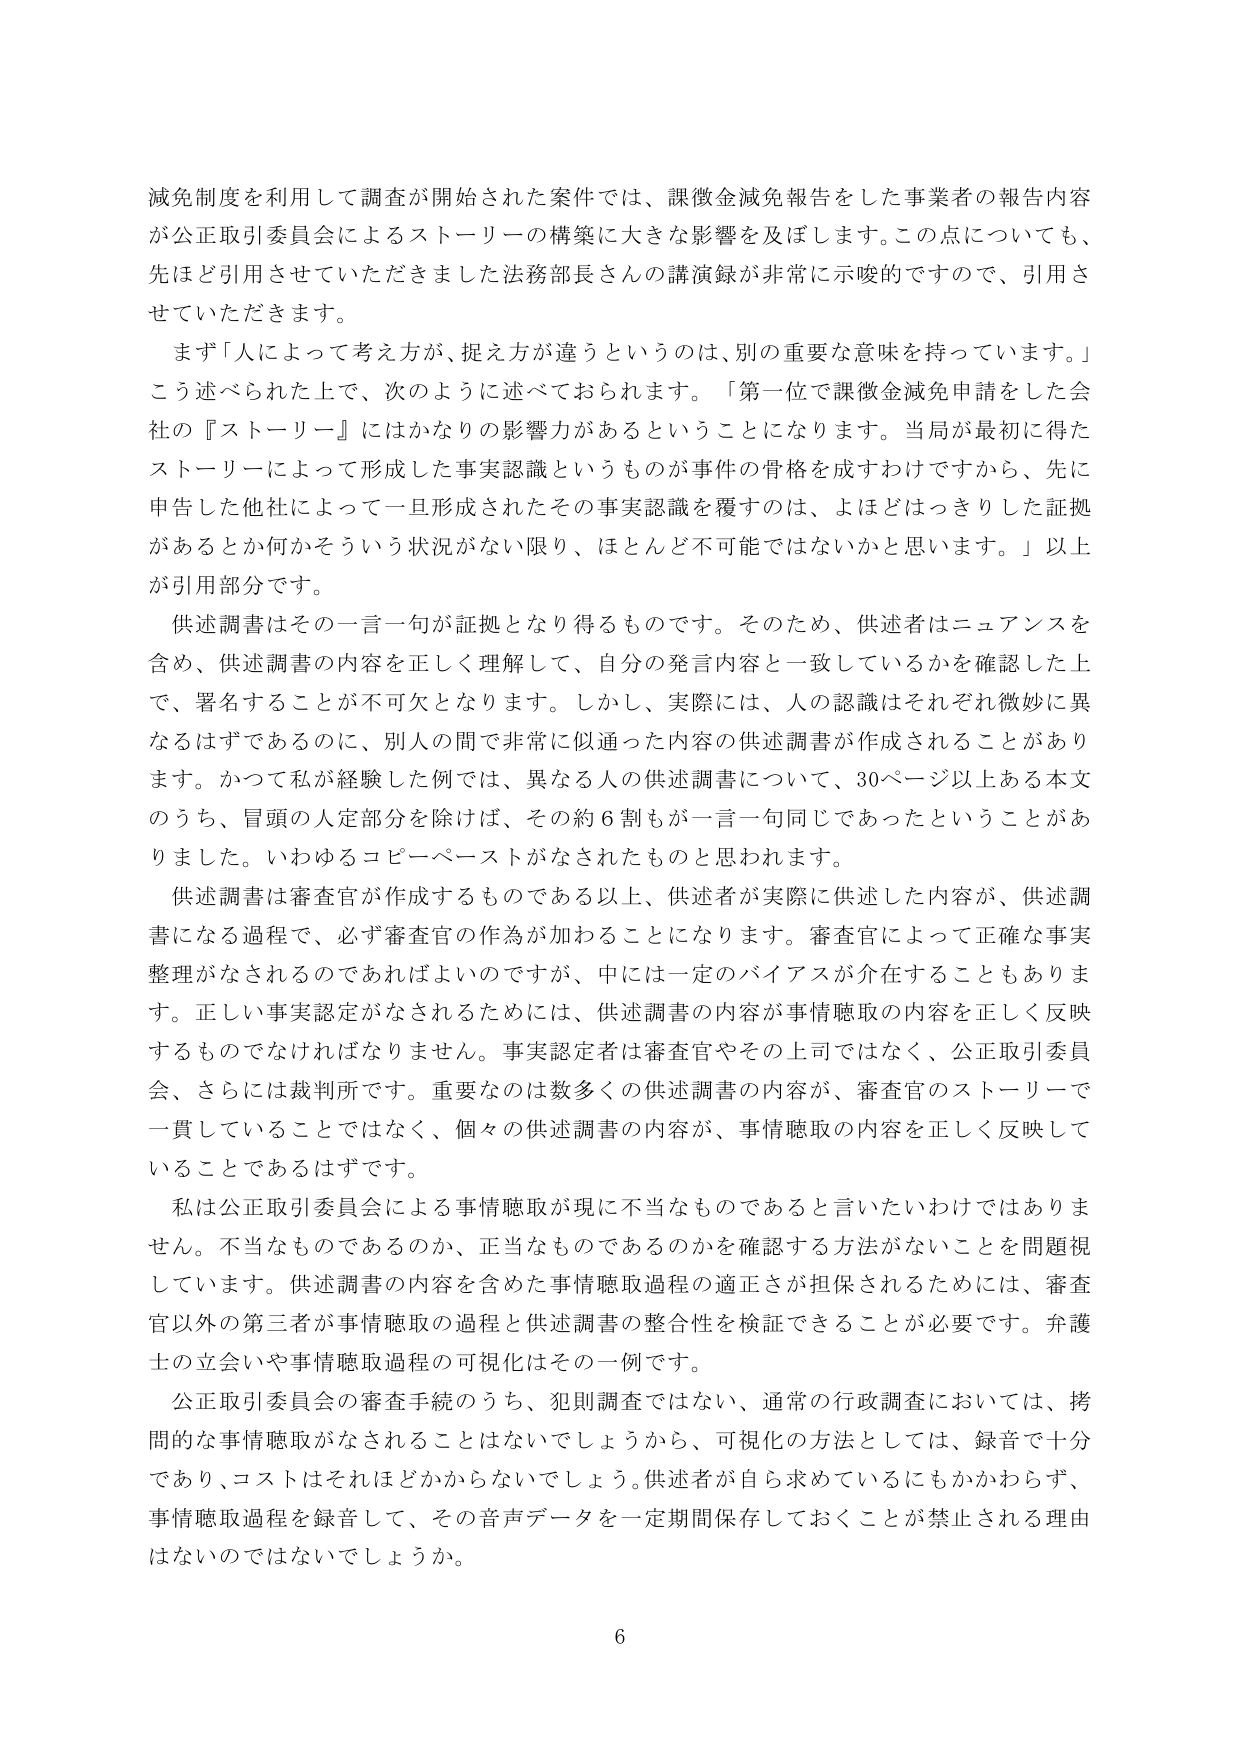
減免制度を利用して調査が開始された案件では、課徴金減免報告をした事業者の報告内容が公正取引委員会によるストーリーの構築に大きな影響を及ぼします。この点についても、先ほど引用させていただきました法務部長さんの講演録が非常に示唆的ですので、引用させていただきます。

まず「人によって考え方が、捉え方が違うというのは、別の重要な意味を持っています。」こう述べられた上で、次のように述べておられます。「第一位で課徴金減免申請をした会社の『ストーリー』にはかなりの影響力があるということになります。当局が最初に得たストーリーによって形成した事実認識というものが事件の骨格を成すわけですから、先に申告した他社によって一旦形成されたその事実認識を覆すのは、よほどはっきりした証拠があるとか何かそういう状況がない限り、ほとんど不可能ではないかと思います。」以上が引用部分です。

供述調書はその一言一句が証拠となり得るものです。そのため、供述者はニュアンスを含め、供述調書の内容を正しく理解して、自分の発言内容と一致しているかを確認した上で、署名することが不可欠となります。しかし、実際には、人の認識はそれぞれ微妙に異なるはずであるのに、別人の間で非常に似通った内容の供述調書が作成されることがあります。かつて私が経験した例では、異なる人の供述調書について、30ページ以上ある本文のうち、冒頭の人定部分を除けば、その約6割もが一言一句同じであったということがありました。いわゆるコピーペーストがなされたものと思われます。

供述調書は審査官が作成するものである以上、供述者が実際に供述した内容が、供述調書になる過程で、必ず審査官の作為が加わることになります。審査官によって正確な事実整理がなされるのであればよいのですが、中には一定のバイアスが介在することもあります。正しい事実認定がなされるためには、供述調書の内容が事情聴取の内容を正しく反映するものでなければなりません。事実認定者は審査官やその上司ではなく、公正取引委員会、さらには裁判所です。重要なのは数多くの供述調書の内容が、審査官のストーリーで一貫していることではなく、個々の供述調書の内容が、事情聴取の内容を正しく反映していることであるはずです。

私は公正取引委員会による事情聴取が現に不当なものであると言いたいわけではありません。不当なものであるのか、正当なものであるのかを確認する方法がないことを問題視しています。供述調書の内容を含めた事情聴取過程の適正さが担保されるためには、審査官以外の第三者が事情聴取の過程と供述調書の整合性を検証できることが必要です。弁護士の立会いや事情聴取過程の可視化はその一例です。

公正取引委員会の審査手続のうち、犯則調査ではない、通常の行政調査においては、拷問的な事情聴取がなされることはないでしょうから、可視化の方法としては、録音で十分であり、コストはそれほどかからないでしょう。供述者が自ら求めているにもかかわらず、事情聴取過程を録音して、その音声データを一定期間保存しておくことが禁止される理由はないのではないでしょうか。

6